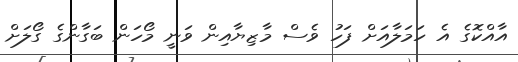
އާއްކޮގެ އެ ހަމަލާއަށް ފަހު ވެސް މާޒިޔާއިން ވަނީ މޯހަން ބަގާންގެ ގޯލަށް